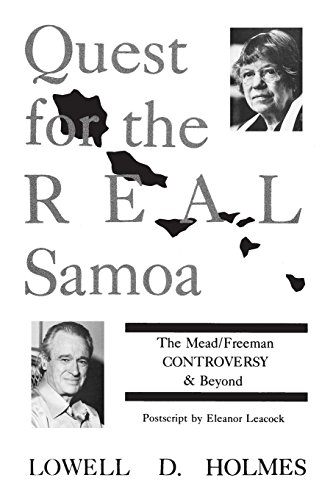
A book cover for Quest for the Real Samoa: The Mead/Freeman Controversy and Beyond; Lowell D. Holmes; Travel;